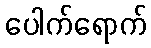
ပေါက်ရောက်